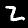
Label: 2